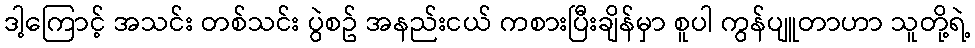
ဒါ့ကြောင့် အသင်း တစ်သင်း ပွဲစဥ် အနည်းငယ် ကစားပြီးချိန်မှာ စူပါ ကွန်ပျူတာဟာ သူတို့ရဲ့